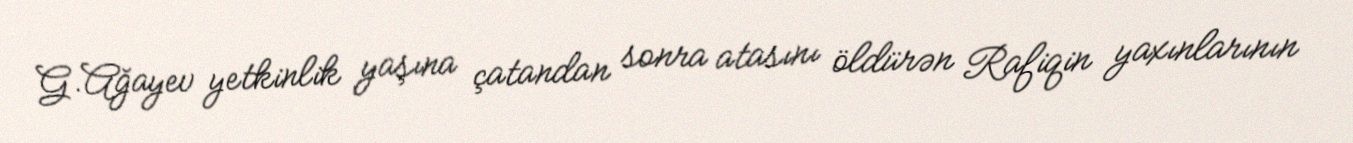
G.Ağayev yetkinlik yaşına çatandan sonra atasını öldürən Rafiqin yaxınlarının